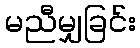
မညီမျှခြင်း